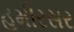
હમીરસર